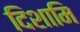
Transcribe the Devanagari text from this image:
दिशामि